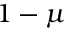
1 - \mu